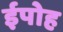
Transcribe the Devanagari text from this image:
ईपोह